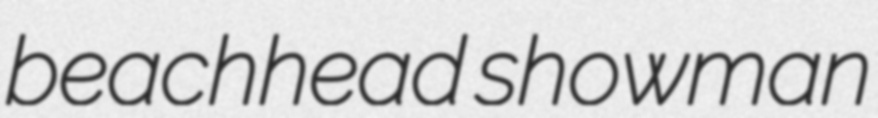
beachhead showman